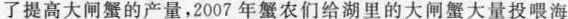
了提高大闸蟹的产量，2007年蟹农们给湖里的大闸蟹大量投喂海